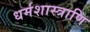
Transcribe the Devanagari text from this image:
धर्मशास्त्राणि